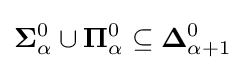
\mathbf {\Sigma } _{\alpha }^{0}\cup \mathbf {\Pi } _{\alpha }^{0}\subseteq \mathbf {\Delta } _{\alpha +1}^{0}